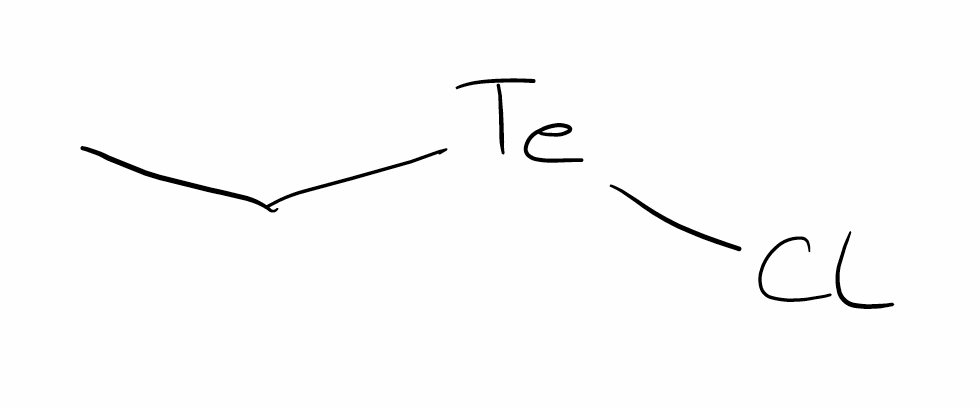
Simplified molecular-input line-entry system (SMILES) notation of the given molecule:
CC[Te]Cl